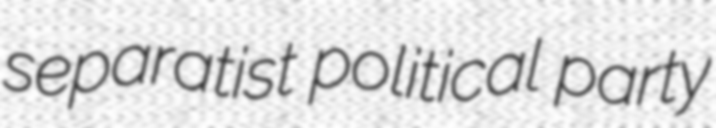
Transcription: separatist political party